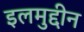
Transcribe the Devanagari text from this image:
इलमुद्दीन